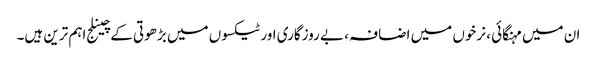
ان میں مہنگائی ، نرخوں میں اضافہ ، بے روزگاری اور ٹیکسوں میں بڑھوتی کے چینلج اہم ترین ہیں۔